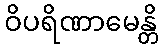
ဝိပရိဏာမေန္တိ